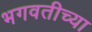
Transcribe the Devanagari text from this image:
भगवतीच्या